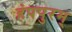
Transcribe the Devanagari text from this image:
हंपपुरम्